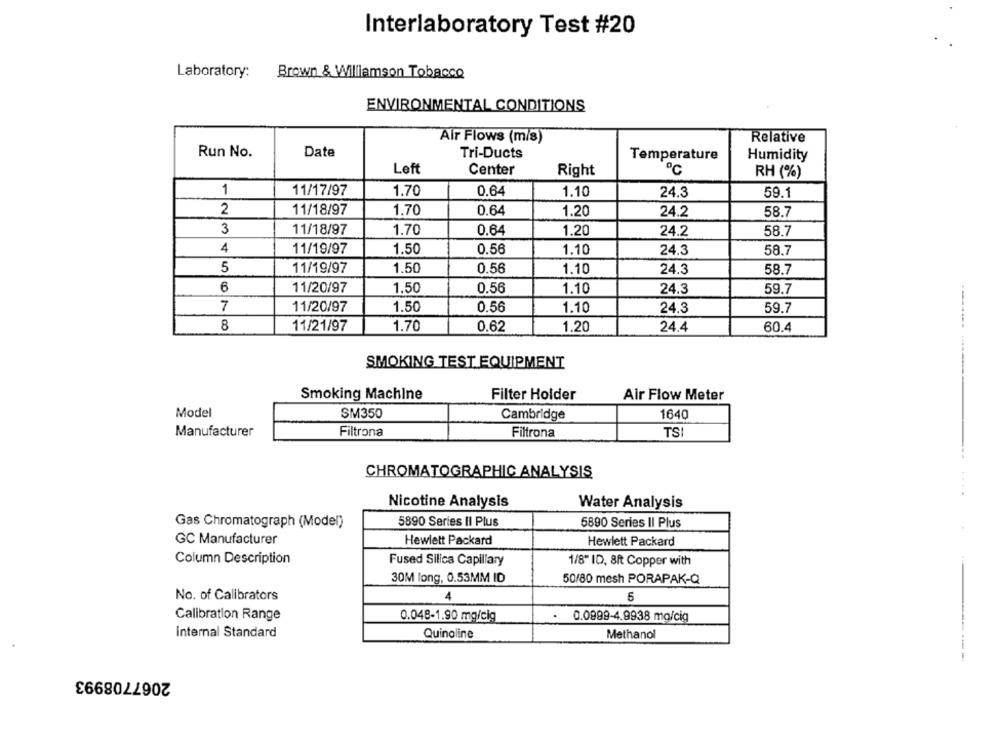
Interlaboratory Test #20
Laboratory:
Brown & Williamson Tobacco
ENVIRONMENTAL CONDITIONS
Air Flows (m/s)
Relative
Run No.
Date
Tri-Ducts
Temperature
Humidity
Left
Center
Right
RH (%)
1
11/17/97
1.70
0.64
1.10
24.3
59.1
2
11/18/97
1.70
0.64
1.20
24.2
58.7
3
11/18/97
1.70
0.64
1.20
24.2
58.7
4
11/19/97
1.50
0.56
1.10
24.3
58.7
1.50
0.56
5
11/19/97
1.10
24.3
58.7
6
11/20/97
1.50
0.56
1.10
59.7
24.3
7
11/20/97
1.50
0.56
1.10
24.3
59.7
11/21/97
1.70
0.62
1.20
8
24.4
60.4
SMOKING TEST EQUIPMENT
Smoking Machine
Filter Holder
Air Flow Meter
Model
SM350
Cambridge
1640
Manufacturer
Filtrona
Filtrona
TSI
CHROMATOGRAPHIC ANALYSIS
Nicotine Analysis
Water Analysis
Gas Chromatograph (Model)
5890 Series II Plus
5890 Series II Plus
GC Manufacturer
Hewlett Packard
Hewlett Packard
Column Description
Fused Silica Capillary
1/8" ID, 8ft Copper with
30M long, 0.53MM ID
50/80 mesh PORAPAK-Q
No. of Calibrators
4
6
Calibration Range
0.048-1.90 mg/cig
.
0.0999-4.9938 mg/cig
internal Standard
Quinoline
Methanol
2067708993